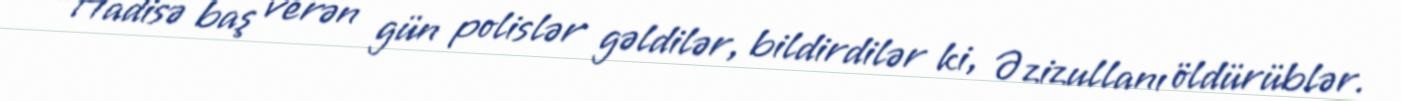
“Hadisə baş verən gün polislər gəldilər, bildirdilər ki, Əzizullanı öldürüblər.